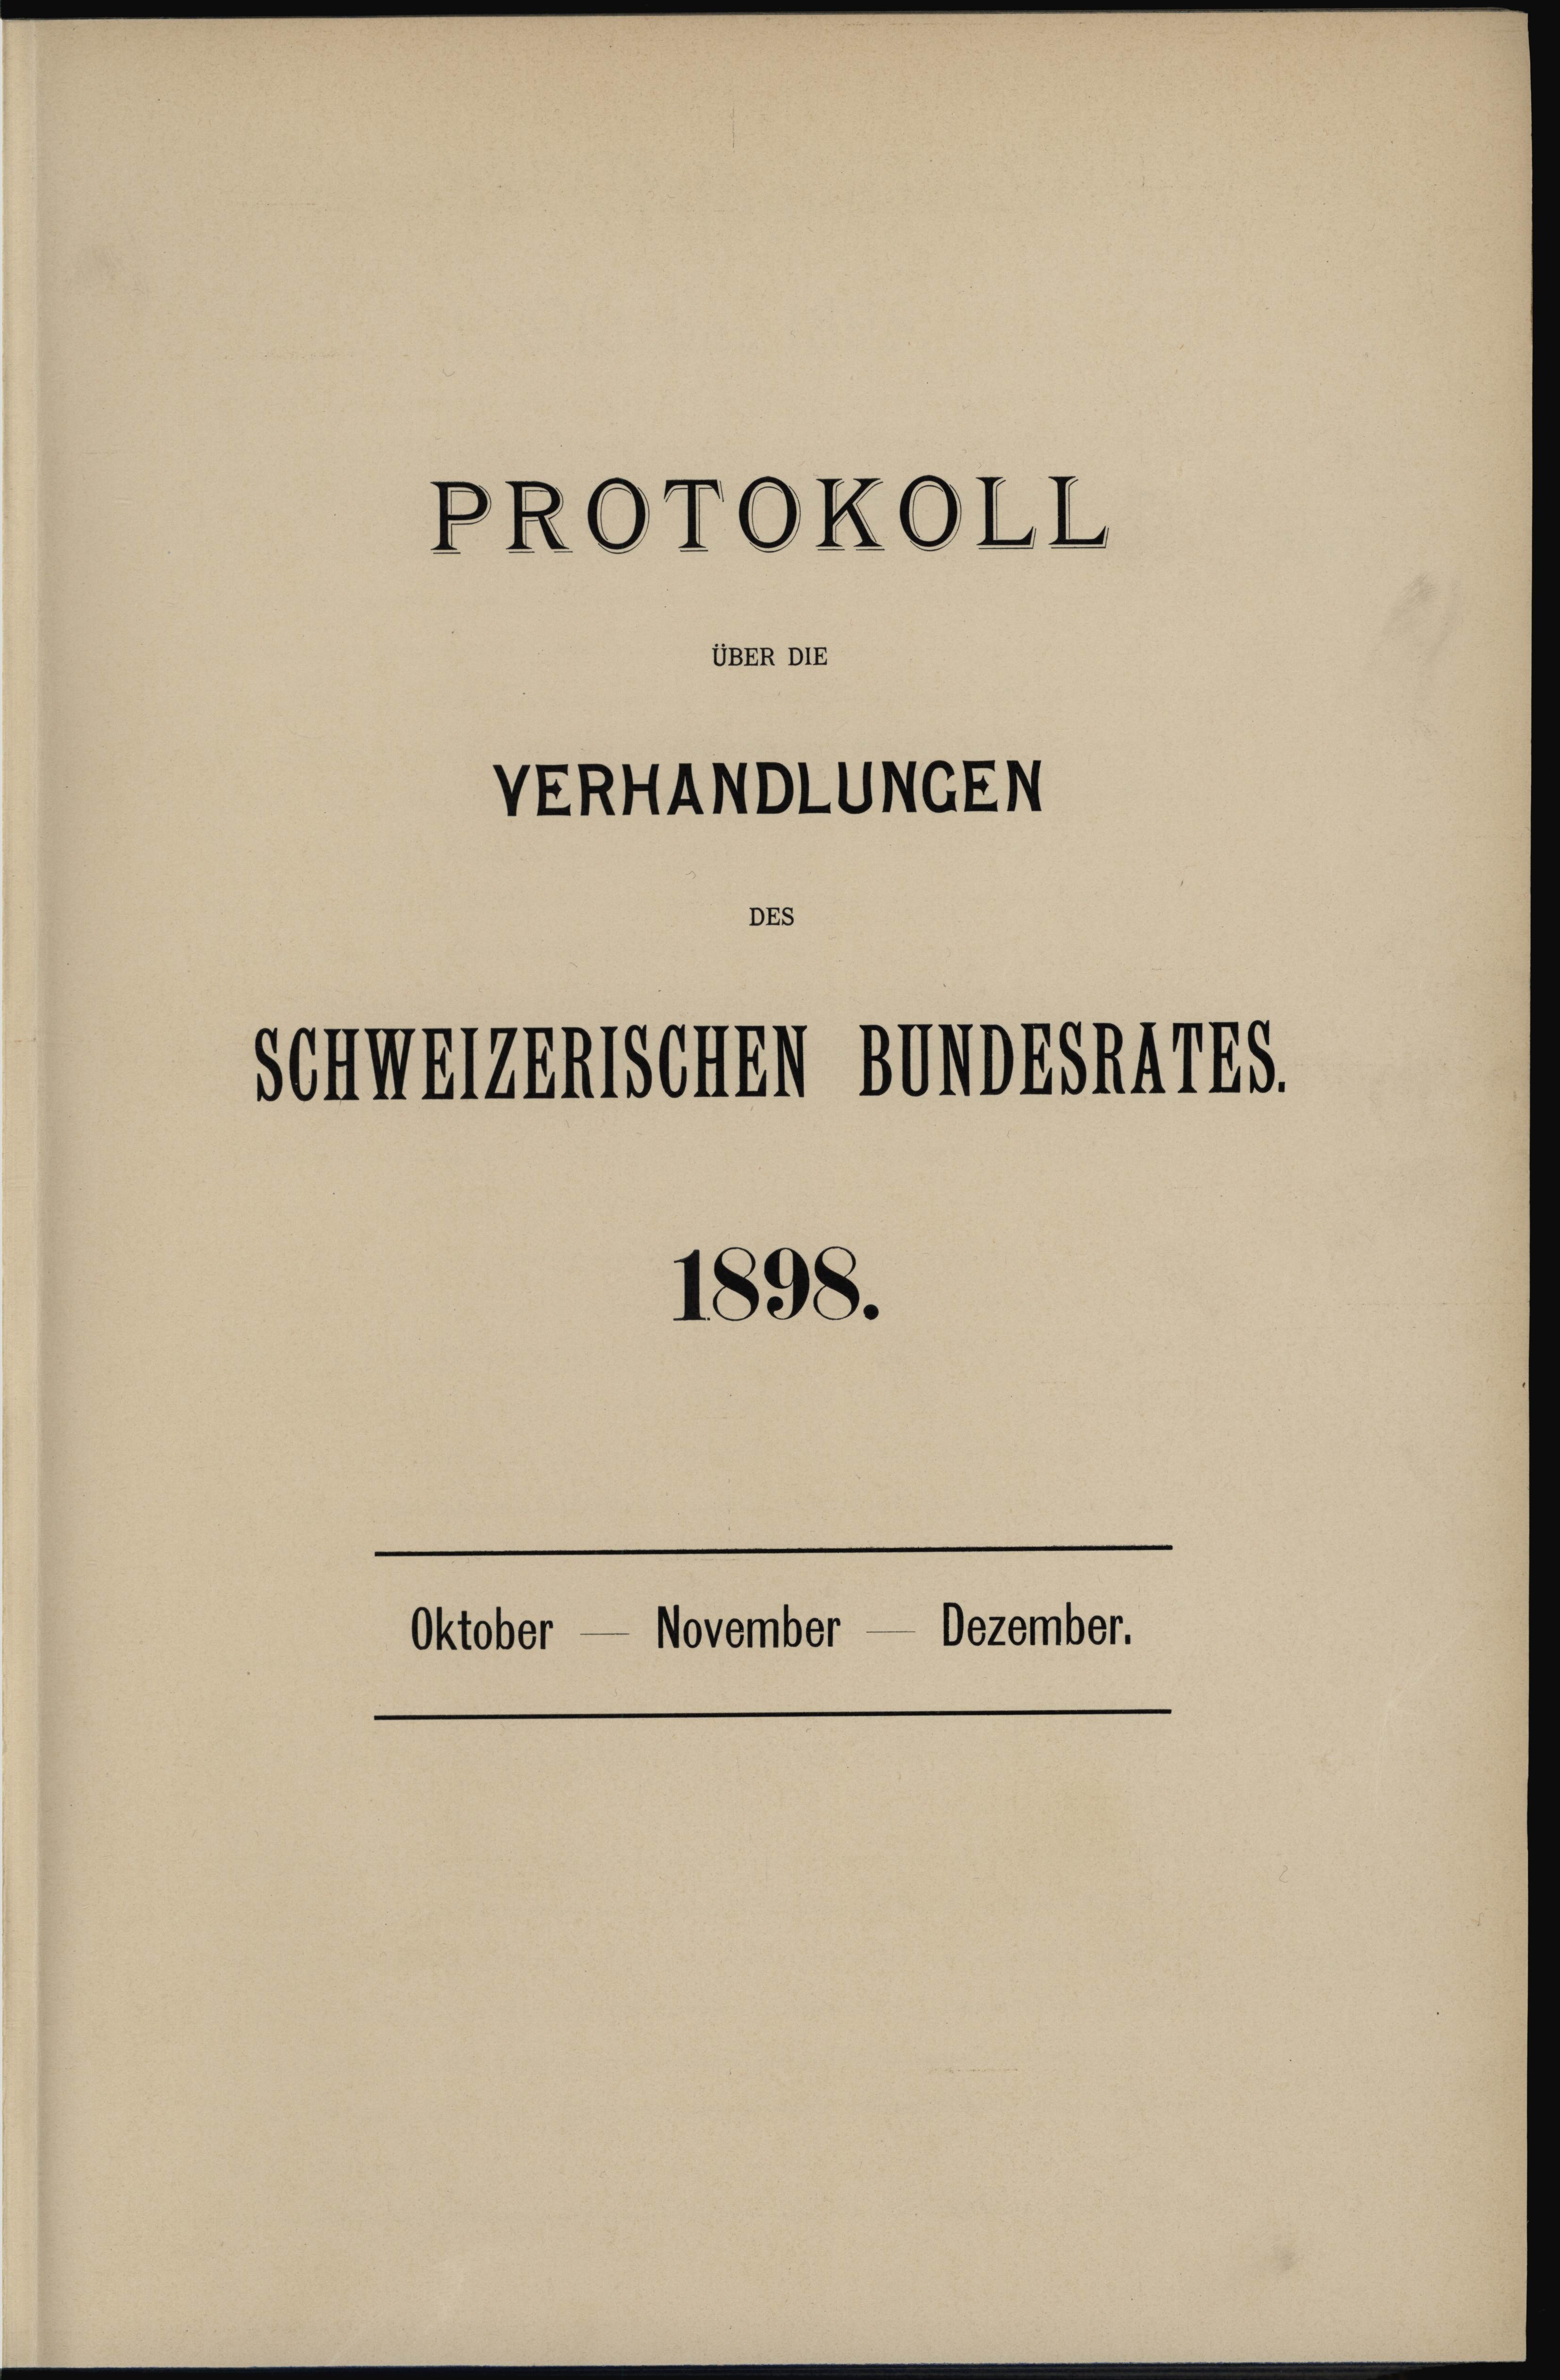
Schweizenischen von 1524785.

PROTOKOLL

UBER DIE

VERHANDLUNGEN
DEs

1898.

Oktober — November — Dezember.